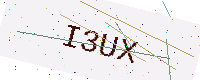
Text: I3UX